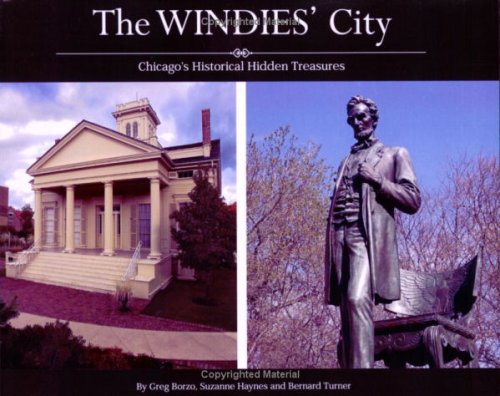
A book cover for The Windies' City--Chicago's Historical Hidden Treasures; Bernard C. Turner; Travel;